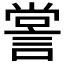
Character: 𧨲